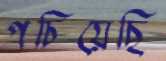
পচিয়েছি